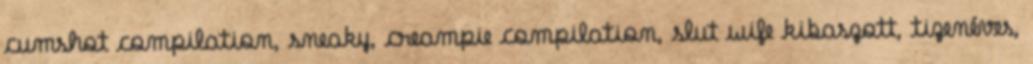
cumshot compilation, sneaky, creampie compilation, slut wife kibaszott, tizenéves,